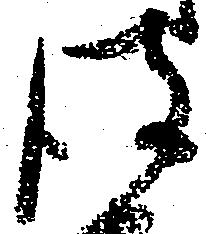
彼